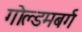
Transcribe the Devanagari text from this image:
गोल्डमबर्ग